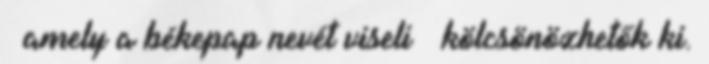
– amely a békepap nevét viseli – kölcsönözhetők ki.